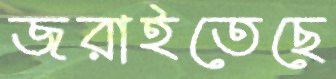
জরাইতেছে